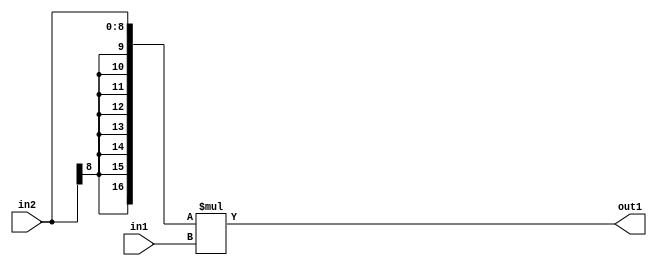
`timescale 1ps / 1ps
/*****************************************************************************
    Verilog RTL Description
    
    
    Created by: Stratus DpOpt 2019.1.01 
*******************************************************************************/

module SobelFilter_Mul_9Sx8U_17S_4 (
	in2,
	in1,
	out1
	); /* architecture "behavioural" */ 
input [8:0] in2;
input [7:0] in1;
output [16:0] out1;
wire [16:0] asc001;

assign asc001 = 
	+({{8{in2[8]}}, in2} * in1);

assign out1 = asc001;
endmodule

/* CADENCE  ubDzQgg= : u9/ySgnWtBlWxVPRXgAZ4Og= ** DO NOT EDIT THIS LINE ******/